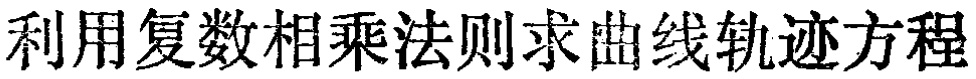
利用复数相乘法则求曲线轨迹方程